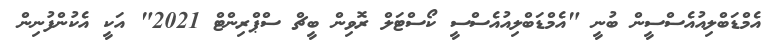
އެމްޑަބްލިއުއެސްސީން ބުނީ "އެމްޑަބްލިއުއެސްސީ ކޯސްޓަލް ރޮވިން ބީޗް ސްޕްރިންޓް 2021" އަކީ އެކުންފުނިން